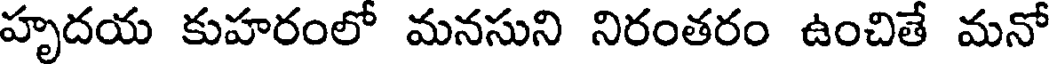
హృదయ కుహరంలో మనసుని నిరంతరం ఉంచితే మనో